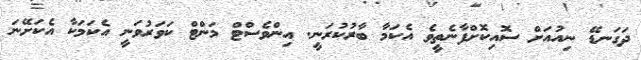
ދަގަނޑޭ ނިއުއަށް ސޮއިކޮށްފާނެތީވެ އެކަމާ ބާރުކުރަނީ. އިންވެސްޓް މަންޓް ކަވަރުވަނީ އެކަމަކާ އެކަށޭނަ